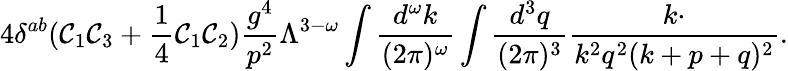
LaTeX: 4\delta^{ab}(\mathcal{C}_{1}\mathcal{C}_{3}+{\frac{{1}}{{4}}}\mathcal{C}_{1}\mathcal{C}_{2}){\frac{{g^{4}}}{{p^{2}}}}\Lambda^{3-\omega}\int{\frac{{d^{\omega}k}}{{(2\pi)^{\omega}}}}\int{\frac{{d^{3}q}}{{(2\pi)^{3}}}}{\frac{{k\cdotp}}{{k^{2}q^{2}(k+p+q)^{2}}}}.